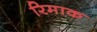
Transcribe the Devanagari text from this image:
रिमाक